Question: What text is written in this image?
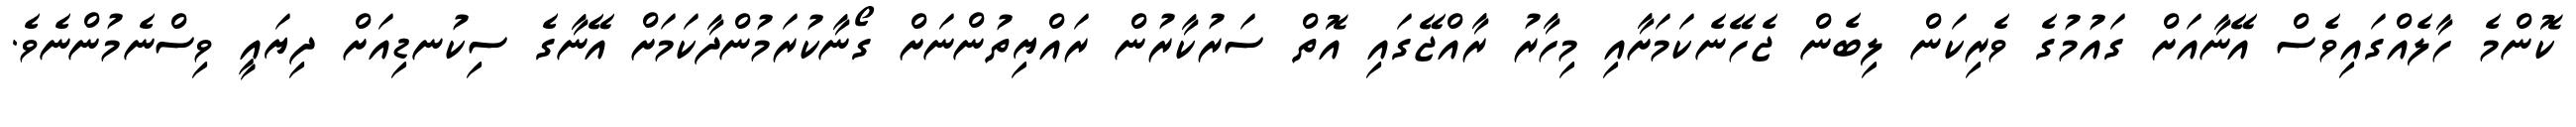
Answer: ކޮންމެ ހާލެއްގައިވެސް އޭނާއަށް ގައުމުގެ ވެރިކަން ލިބެން ޖެހޭނެކަމަށާއި މިހާރު ރާއްޖޭގައި އޮތް ސަރުކާރުން ރައްޔިތުންނަށް ގޯނާކުރަމުންދާކަމަށް އޭނާގެ ސިކުނޑިއަށް ދިޔައީ ވިސްނެމުންނެވެ.